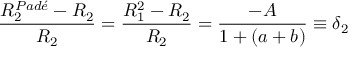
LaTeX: \frac { R _ { 2 } ^ { P a d \acute { e } } - R _ { 2 } } { R _ { 2 } } = \frac { R _ { 1 } ^ { 2 } - R _ { 2 } } { R _ { 2 } } = \frac { - A } { 1 + ( a + b ) } \equiv \delta _ { 2 }